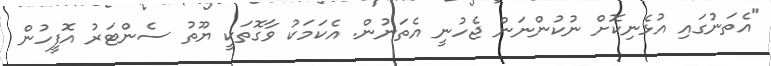
"އެތަނުގައި އުޅެނިކޮށް ނުކުންނަން ޖެހުނީ އެތަނުން. އެކަމަކު ވާގޮތަކީ ޔޫތު ސެންޓަރު އޮފީހުން